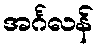
အင်္ဂလန်